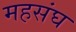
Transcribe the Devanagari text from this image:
महसंघ